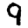
Digit: 9